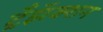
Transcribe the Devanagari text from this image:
ट्रँझॅक्शन